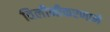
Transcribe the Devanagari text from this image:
विलीनीकरणाने